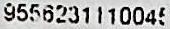
9556231110045